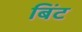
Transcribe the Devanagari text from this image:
बिंट